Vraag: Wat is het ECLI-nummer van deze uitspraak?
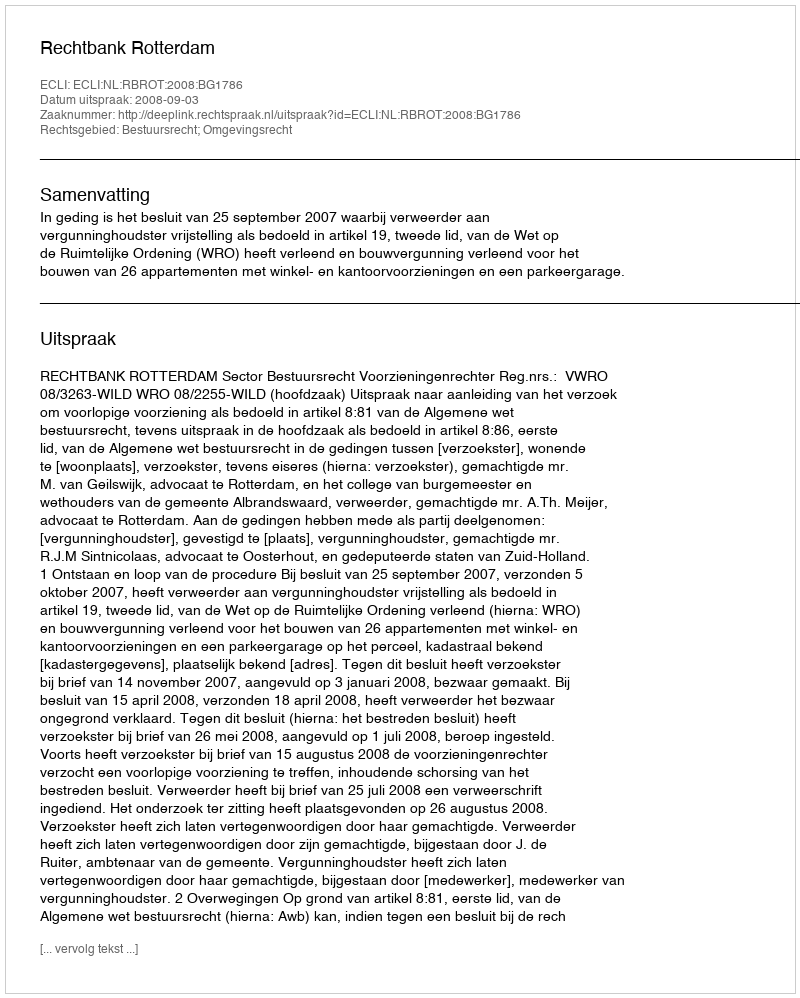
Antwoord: ECLI:NL:RBROT:2008:BG1786